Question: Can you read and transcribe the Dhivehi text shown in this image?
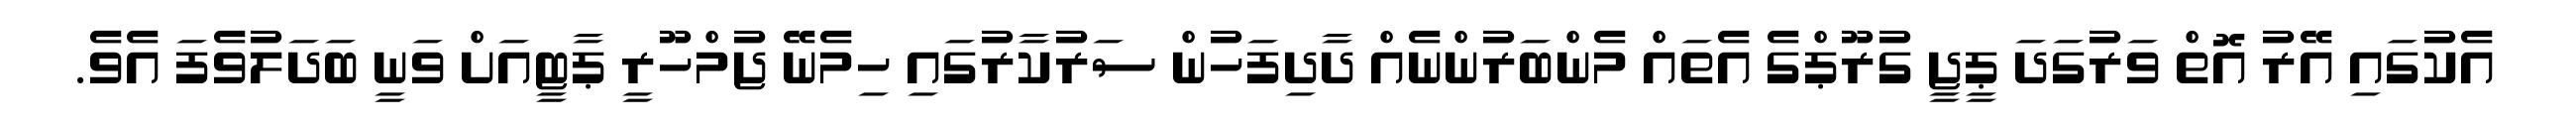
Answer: އެކުގައި އޭރު އޮތް ވަރުގަދަ ޕީޖީ ގުރޫޕްގެ އެތައް މެންބަރުންނެއް ދާދިފަހުން ސަރުކާރުގައި ހިމެނޭ ޖުމްހޫރީ ޕާޓީއަށް ވަނީ ބަދަލުވެފަ އެވެ.